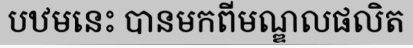
បឋមនេះ បានមកពីមណ្ឌលផលិត